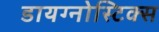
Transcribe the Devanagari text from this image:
डायग्‍नोस्टिक्‍स